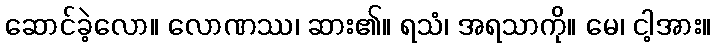
ဆောင်ခဲ့လော။ လောဏဿ၊ ဆား၏။ ရသံ၊ အရသာကို။ မေ၊ ငါ့အား။